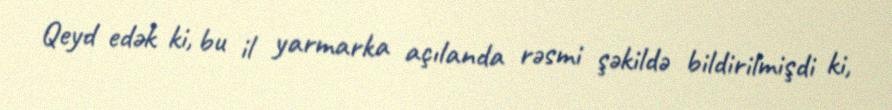
Qeyd edək ki, bu il yarmarka açılanda rəsmi şəkildə bildirilmişdi ki,